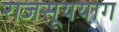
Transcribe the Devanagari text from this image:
राजसूययाग